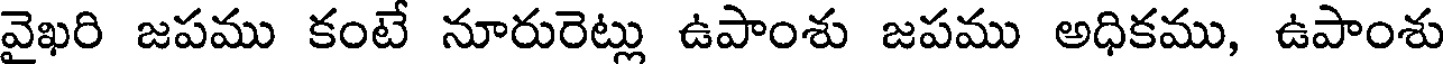
వైఖరి జపము కంటే నూరురెట్లు ఉపాంశు జపము అధికము, ఉపాంశు